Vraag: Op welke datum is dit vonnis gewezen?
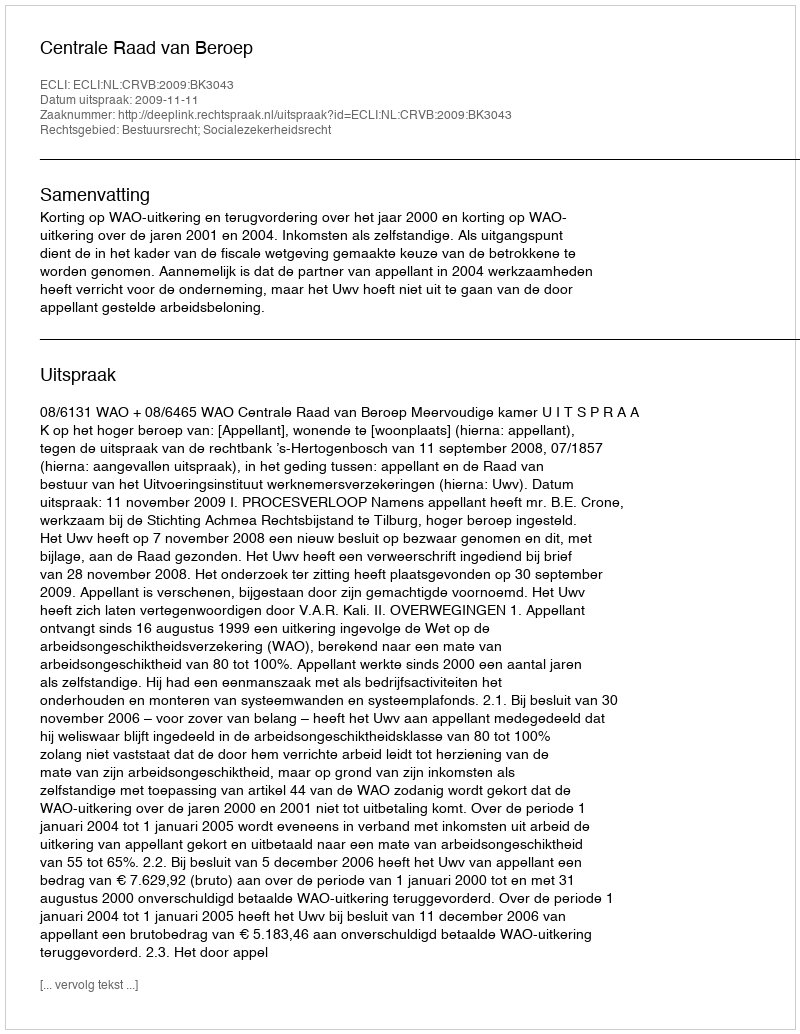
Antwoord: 2009-11-11